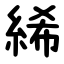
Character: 絺